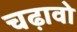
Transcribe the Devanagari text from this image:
चढ़ावो